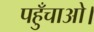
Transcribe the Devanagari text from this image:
पहुँचाओ।